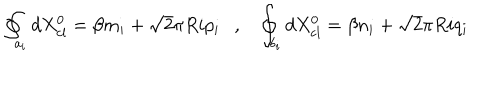
LaTeX: \oint _ { a _ { i } } d X _ { \mathrm { c l } } ^ { 0 } = \beta m _ { i } + \sqrt { 2 } \pi R i p _ { i } , \oint _ { b _ { i } } d X _ { \mathrm { c l } } ^ { 0 } = \beta n _ { i } + \sqrt { 2 } \pi R i q _ { i }